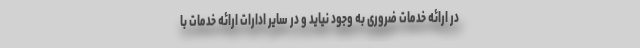
در ارائه خدمات ضروری به وجود نیاید و در سایر ادارات ارائه خدمات با